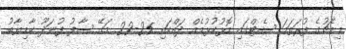
މިމެޗުގެ ފުރަތަމަ ސެޓްގައި މޮޅުކުޅުމެއް ދައްކައި 25-22 މަގޭ ސާފު ފުނަދޫ ކާމިޔާބު